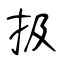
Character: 扱